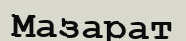
Мазарат